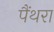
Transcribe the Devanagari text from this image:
पैंथरा